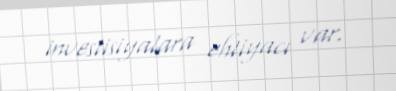
investisiyalara ehtiyacı var.